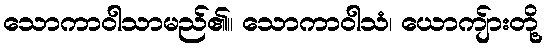
သောကာဝါသာမည်၏။ သောကာဝါသံ၊ ယောကျ်ားတို့